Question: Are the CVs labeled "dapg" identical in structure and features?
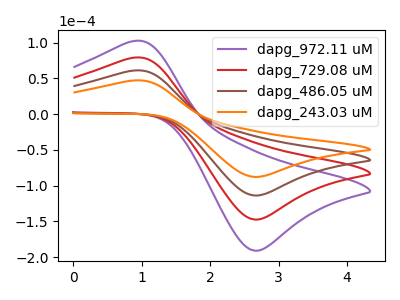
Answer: <think>The purple curve "dapg_972.11 uM" has an anodic peak at (0.90V, 182.30uA) and a cathodic peak at (2.70V, -341.30uA). The red curve "dapg_729.08 uM" has an anodic peak at (0.90V, 121.50uA) and a cathodic peak at (2.70V, -227.50uA). The brown curve "dapg_486.05 uM" has an anodic peak at (0.90V, 60.75uA) and a cathodic peak at (2.70V, -113.75uA). The orange curve "dapg_243.03 uM" has an anodic peak at (0.90V, 46.90uA) and a cathodic peak at (2.70V, -87.80uA).
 All the peaks in "dapg_972.11 uM" have a peak in "dapg_729.08 uM" at the same potential. Every peak in "dapg_972.11 uM" is higher than every peak in "dapg_729.08 uM". All the peaks in "dapg_972.11 uM" have a peak in "dapg_486.05 uM" at the same potential. Every peak in "dapg_972.11 uM" is higher than every peak in "dapg_486.05 uM". All the peaks in "dapg_972.11 uM" have a peak in "dapg_243.03 uM" at the same potential. Every peak in "dapg_972.11 uM" is higher than every peak in "dapg_243.03 uM". All the peaks in "dapg_729.08 uM" have a peak in "dapg_486.05 uM" at the same potential. Every peak in "dapg_729.08 uM" is higher than every peak in "dapg_486.05 uM". All the peaks in "dapg_729.08 uM" have a peak in "dapg_243.03 uM" at the same potential. Every peak in "dapg_729.08 uM" is higher than every peak in "dapg_243.03 uM". All the peaks in "dapg_486.05 uM" have a peak in "dapg_243.03 uM" at the same potential. Every peak in "dapg_486.05 uM" is higher than every peak in "dapg_243.03 uM".</think>
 <answer>All the CV's of "dapg" have similar shape.</answer>
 <eval>follow_rule</eval>